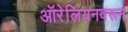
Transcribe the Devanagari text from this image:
ऑरेलियनवरून